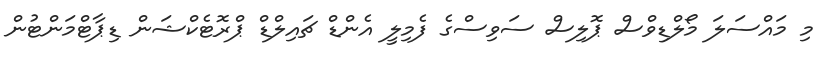
މި މައްސަލަ މޯލްޑިވްސް ޕޮލިސް ސަވިސްގެ ފެމިލީ އެންޑް ޗައިލްޑް ޕްރޮޓެކްޝަން ޑިޕާޓްމަންޓުން